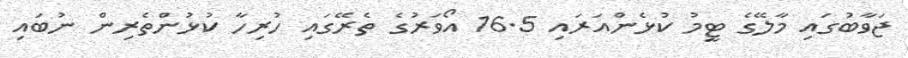
ޖަވާބުގައި މާލޭގެ ޓީމު ކުޅެންއަރައި 16.5 އޯވަރުގެ ތެރޭގައި ހުރިހާ ކުޅުންތެރިން ނުބައި